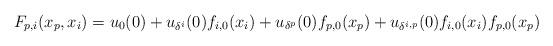
LaTeX: \begin{align*}F_{p,i}(x_{p},x_{i})=u_{0}(0)+u_{\delta^{i}}(0)f_{i,0}(x_{i})+u_{\delta^{p}}(0)f_{p,0}(x_{p})+u_{\delta^{i,p}}(0)f_{i,0}(x_{i})f_{p,0}(x_{p})\end{align*}